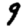
Digit: 9